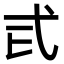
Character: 𢍾